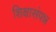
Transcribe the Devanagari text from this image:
शिक्षासंपन्न